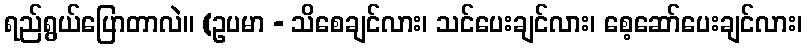
ရည်ရွယ်ပြောတာလဲ။ (ဥပမာ - သိစေချင်လား၊ သင်ပေးချင်လား၊ စေ့ဆော်ပေးချင်လား၊